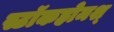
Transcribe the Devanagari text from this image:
स्टॉकहोमश्